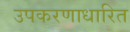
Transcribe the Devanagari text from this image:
उपकरणाधारित